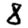
Digit: 8